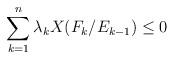
LaTeX: \begin{align*}\sum_{k=1}^n\lambda_kX(F_k/E_{k-1})\leq 0\end{align*}